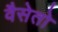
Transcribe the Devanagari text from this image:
वैसेतो